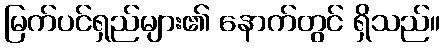
မြက်ပင်ရှည်များ၏ နောက်တွင် ရှိသည်။